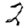
Digit: 2